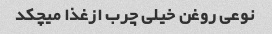
نوعی روغن خیلی چرب ازغذا میچکد